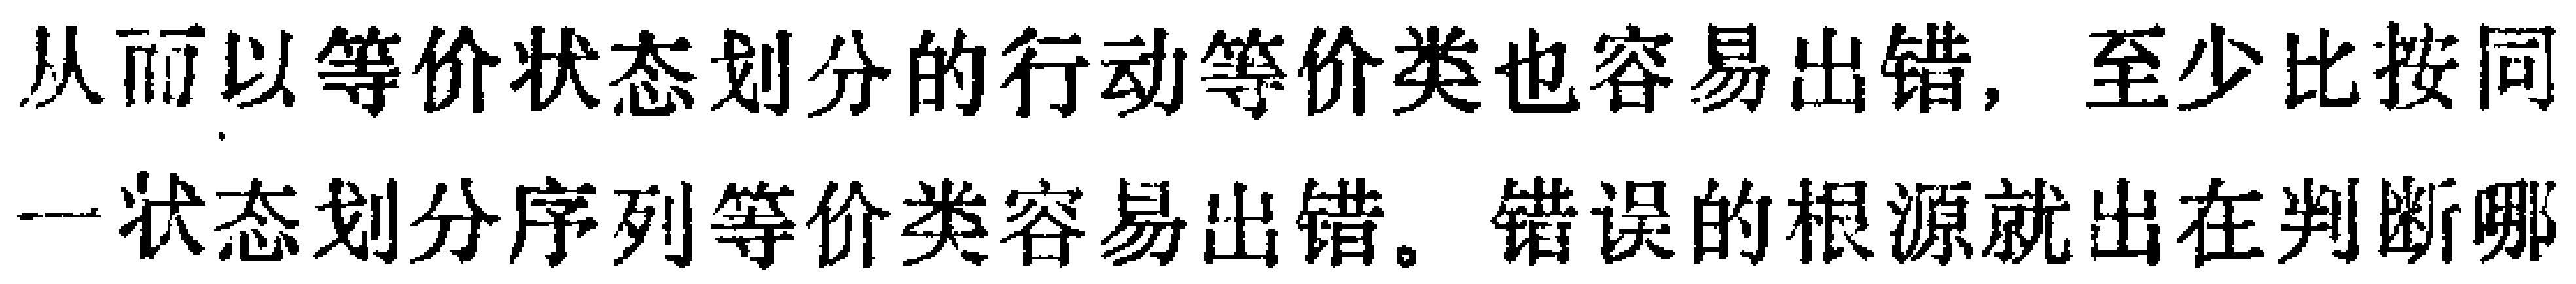
从而以等价状态划分的行动等价类也容易出错，至少比按同

一状态划分序列等价类容易出错。错误的根源就出在判断哪